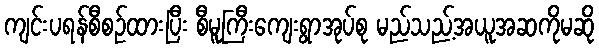
ကျင်းပရန်စီစဉ်ထားပြီး စီမူကြီးကျေးရွာအုပ်စု မည်သည့်အယူအဆကိုမဆို